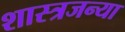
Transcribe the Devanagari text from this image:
शास्त्रजन्या